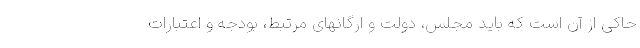
حاکی از آن است که باید مجلس، دولت و ارگانهای مرتبط، بودجه‌ و اعتبارات